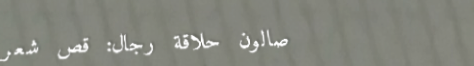
صالون حلاقة رجال: قصّ شعر